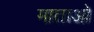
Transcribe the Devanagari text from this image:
माताओ